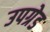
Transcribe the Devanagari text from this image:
उपग्रेड